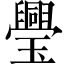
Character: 璺